Report on the lunatic asylums under the Government of Bombay - 1904-1913
Year: 1904
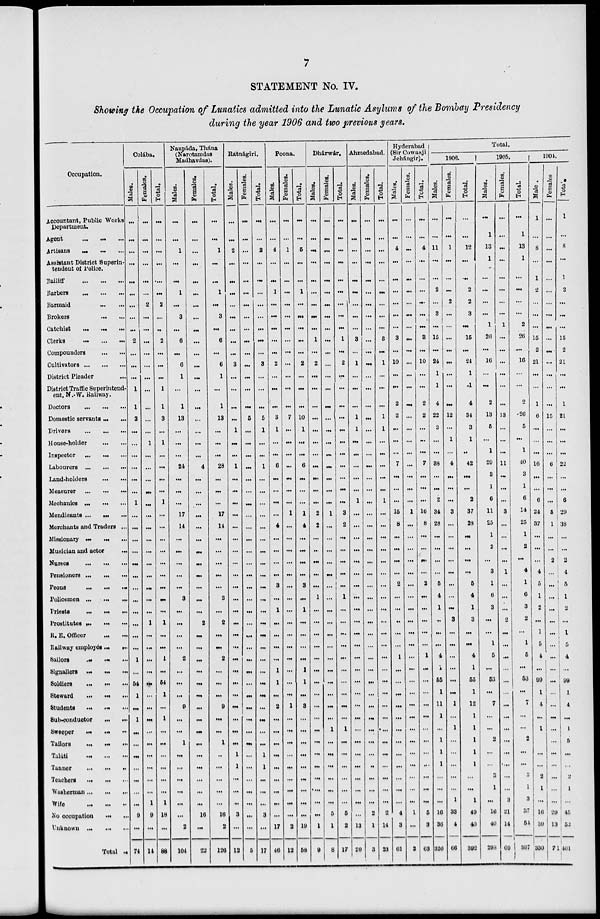
7
STATEMENT No. IV.
Showing the Occupation of Lunatics admitted into the Lunatic Asylums of the Bombay Presidency
during the year 1906 and two previous years.
Occupation.
Accountant, Public Works
Department.
Agent ... ... ...
Artisans ... ... ...
Assistant District Superin-
tendent of Police.
Bailiff
...
...
...
Barbers
...
...
...
Barmaid
...
...
Brokers
...
...
Catchist ... ... ...
Clerks
...
...
...
Compounders
...
...
Cultivators ... ... ...
District Pleader ...
District Traffic Superintend-
ent, N.W. Railway.
Doctors
...
...
...
Domestic servants ... ...
Drivers
...
...
...
House-holder
...
...
Inspector
...
...
...
Labourers
...
...
...
Land-holders
...
...
Measurer
...
...
...
Mechanics
...
...
...
Mendicants ... ... ...
Merchants and Traders ...
Missionary ... ... ...
Musician and actor
...
Nurses
...
...
...
Pensioners ... ... ...
Peons
...
...
...
Policemen ... ... ...
Priests
...
...
...
Prostitutes ... ... ...
R. E. Officer ... ...
Railway employés ... ...
Sailors ... ... ...
Signallers ... ... ...
Soldiers
...
...
...
Steward ... ... ...
Students ... ... ...
Sub-conduotor ... ...
Sweeper
...
...
...
Tailors ... ... ...
Taláti
...
...
...
Tanner
...
...
...
Teachers
...
...
...
Washerman ... ... ...
Wife
...
...
...
No occupation
...
...
Unknown ... ... ...
Total ...
Colába.
Males.
...
...
...
...
...
...
...
...
...
2
...
...
...
1
1
3
...
...
...
...
...
...
1
...
...
...
...
...
...
...
...
...
...
...
...
1
...
54
1
...
1
...
...
...
...
...
...
...
9
...
74
Females.
...
...
...
...
...
...
2
...
...
...
...
...
...
...
...
...
...
1
...
...
...
...
...
...
...
...
...
...
...
...
...
...
1
...
...
...
...
...
...
...
...
...
...
...
...
...
...
1
9
...
14
Total.
...
...
...
...
....
...
2
...
...
2
...
...
...
1
1
3
...
1
...
...
...
...
1
...
...
...
...
...
...
...
...
...
1
...
...
1
...
54
1
...
1
...
...
...
...
...
...
1
18
...
88
Naupáda, Thána
(Narotamdas
Madhavdas).
Males.
...
...
1
...
...
1
...
3
...
6
...
6
1
...
1
13
...
...
...
24
...
...
...
17
14
...
...
...
...
...
3
...
...
...
...
2
...
...
...
9
...
...
1
...
...
...
...
...
...
2
104
Females.
...
...
...
...
...
...
...
...
...
...
...
...
...
...
...
...
...
...
...
4
...
...
...
...
...
...
...
...
...
...
...
...
2
...
...
...
...
...
...
...
...
...
...
...
...
...
...
...
16
...
22
Total.
...
...
1
...
...
1
...
3
...
6
...
6
1
...
1
13
...
...
...
28
...
...
...
17
14
...
...
...
...
...
3
...
2
...
...
2
...
...
...
9
...
...
1
...
...
...
...
...
16
2
126
Bátnágiri.
Males.
...
...
2
...
...
...
...
...
...
...
...
3
...
...
...
...
1
...
...
1
...
...
...
...
...
...
...
...
...
...
...
...
...
...
...
...
...
...
...
...
...
...
...
1
1
...
...
...
3
...
12
Females.
...
...
...
...
...
...
...
...
...
...
...
...
...
...
...
5
...
...
...
...
...
...
...
...
...
...
...
...
...
...
...
...
...
...
...
...
...
...
...
...
...
...
...
...
...
...
...
...
...
...
5
Total.
...
...
2
...
...
...
...
...
...
...
...
3
...
...
...
5
1
...
...
1
...
...
...
...
...
...
...
...
...
...
...
...
...
...
...
...
...
...
...
...
...
...
...
1
1
...
...
...
3
...
17
Poona.
Males.
...
...
4
...
...
1
...
...
...
...
...
2
...
...
...
3
1
...
...
6
...
...
...
...
4
...
...
...
...
3
...
1
...
...
...
...
1
1
...
2
...
...
...
...
...
...
...
...
...
17
46
Females.
...
...
1
...
...
...
...
...
...
...
...
...
...
...
...
7
...
...
...
...
...
...
...
1
...
...
...
...
...
...
...
...
...
...
...
...
...
...
...
1
...
...
...
...
...
...
...
...
...
2
12
Total.
...
...
5
...
...
1
...
...
...
...
...
2
...
...
...
10
1
...
...
6
...
...
...
1
4
...
...
...
...
3
...
1
...
...
...
...
1
1
...
3
...
...
...
...
...
...
...
...
...
19
58
Dhárwár.
Males.
...
...
...
...
...
...
...
...
...
1
...
2
...
...
...
...
...
...
...
...
...
...
...
2
2
...
...
...
...
...
1
...
...
...
...
...
...
...
...
...
...
...
...
...
...
...
...
...
...
1
9
Females.
...
...
...
...
...
...
...
...
...
...
...
...
...
...
...
...
...
...
...
...
...
...
...
1
...
...
...
...
...
...
...
...
...
...
...
...
...
...
...
...
...
1
...
...
...
...
...
...
5
1
8
Total.
...
...
...
...
...
...
...
...
...
1
...
2
...
...
...
...
...
...
...
...
...
...
...
3
2
...
...
...
...
...
1
...
...
...
...
...
...
...
...
...
...
1
...
...
...
...
...
...
5
2
17
Ahmedabad.
Males.
...
...
...
...
...
...
...
...
...
3
...
1
...
...
...
1
1
...
...
...
...
...
1
...
...
...
...
...
...
...
...
...
...
...
...
...
...
...
...
...
...
...
...
...
...
...
...
...
...
13
20
Females.
...
...
...
...
...
...
...
...
...
...
...
...
...
...
...
...
...
...
...
...
...
...
...
...
...
...
...
...
...
...
...
...
...
...
...
...
...
...
...
...
...
...
...
...
..
...
...
...
2
1
3
Total.
...
...
...
...
...
...
...
...
...
3
...
1
...
...
...
1
1
...
...
...
...
...
1
...
...
...
...
...
...
...
...
...
...
...
...
...
...
...
...
...
...
...
...
...
...
...
...
...
2
14
23
Hyderabad
(Sir Cowasji
Jehángir).
Males.
...
...
4
...
...
...
...
...
...
3
...
10
...
...
2
2
...
...
...
7
...
...
...
15
8
...
...
...
...
2
...
...
...
...
...
1
...
...
...
...
...
...
...
...
...
...
...
...
4
3
61
Females.
...
...
...
...
...
...
...
...
...
...
...
...
...
...
...
...
...
...
...
...
...
...
...
1
...
...
...
...
...
...
...
...
...
...
...
...
...
...
...
...
...
...
...
...
...
...
...
...
1
...
2
Total.
...
...
4
...
...
...
...
...
...
3
...
10
...
...
2
2
...
...
...
7
...
...
...
16
8
...
...
...
...
2
...
...
...
...
...
1
...
...
...
...
...
...
...
...
...
...
...
...
5
3
63
Total.
1906.
Males.
...
...
11
...
...
2
...
3
...
15
...
24
1
1
4
22
3
...
...
38
...
...
2
34
28
...
...
...
...
5
4
1
..
...
...
4
1
55
1
11
1
...
1
1
1
...
...
...
16
36
326
Females.
...
...
1
...
...
...
2
...
...
...
...
...
...
...
...
12
...
1
...
4
...
...
...
3
...
...
...
...
...
...
...
...
3
...
...
...
...
...
...
1
...
1
...
...
...
...
...
1
33
4
66
Total.
...
...
12
...
...
2
2
3
...
15
...
24
1
1
4
34
3
1
...
42
...
...
2
37
28
...
...
...
...
5
4
1
3
...
...
4
1
55
1
12
1
1
1
1
1
...
...
1
49
40
392
1905.
Males.
...
1
13
1
...
...
...
...
1
26
...
16
...
...
2
13
5
...
1
29
3
1
6
11
25
1
2
...
3
1
6
3
...
...
1
5
...
53
...
7
...
...
2
...
...
3
1
...
16
40
298
Females.
...
...
...
...
...
...
...
...
1
...
...
...
...
...
...
13
...
...
...
11
...
...
...
3
...
...
...
...
1
...
...
...
2
...
...
...
...
...
...
...
...
...
...
...
...
...
...
3
21
14
69
Total.
...
1
13
1
...
...
...
...
2
26
...
16
...
...
2
26
5
...
1
40
3
1
6
14
25
1
2
...
4
1
6
3
2
...
1
5
...
53
...
7
...
...
2
...
...
3
1
3
37
54
367
1904.
Male.
1
...
8
...
1
2
...
...
...
15
2
21
...
...
1
6
...
...
...
16
...
...
6
24
37
...
...
...
4
5
1
2
...
1
5
4
...
99
1
4
...
1
...
...
...
2
1
...
16
39
330
Females.
...
...
...
...
...
...
...
...
...
...
...
...
...
...
...
15
...
...
...
6
...
...
...
5
1
...
...
2
...
...
...
...
...
...
...
...
...
...
...
...
...
...
...
...
...
...
...
...
29
13
71
Total.
1
...
8
...
1
2
...
...
...
15
2
21
...
...
1
21
...
...
...
22
...
...
6
29
38
...
...
2
4
5
1
2
...
1
5
4
...
99
1
4
...
1
5
...
..
2
1
...
45
52
401